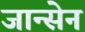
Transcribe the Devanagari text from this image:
जान्सेन